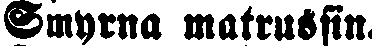
Smyrna matrusfin.